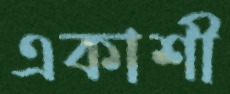
একাশী